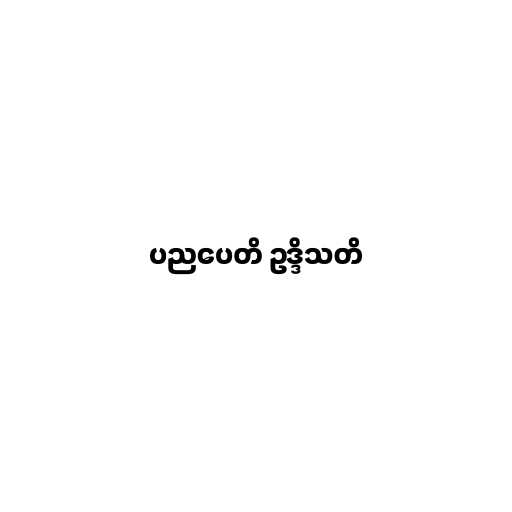
ပညပေတိ ဥဒ္ဒိသတိ